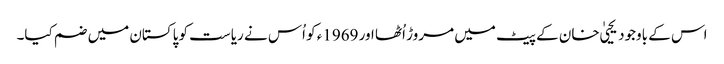
اس کے باوجود یحییٰ خان کے پیٹ میں مروڑ اُٹھا اور 1969ء کو اُس نے ریاست کو پاکستان میں ضم کیا۔